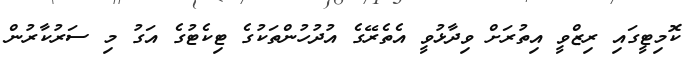
ކޮމިޓީގައި ރިޒްވީ އިތުރަށް ވިދާޅުވީ އެތެރޭގެ އުދުހުންތަކުގެ ޓިކެޓުގެ އަގު މި ސަރުކާރުން